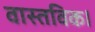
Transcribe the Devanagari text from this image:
वास्तविक।